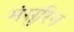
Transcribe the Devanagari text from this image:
मंसुरिन